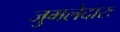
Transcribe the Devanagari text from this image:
जुमलेदारः